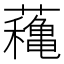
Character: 蘒